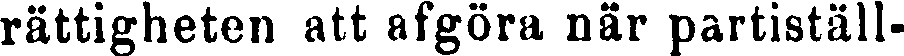
rättigheten att afgöra när partiställ-